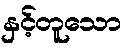
နှင့်တူသော